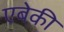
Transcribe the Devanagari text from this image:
एबेकी